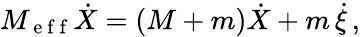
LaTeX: M_{\mathrm{~e~f~f~}}\dot{X}=(M+m)\dot{X}+m\, \dot{\xi}\, ,